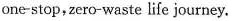
one-stop, zero-waste life journey.